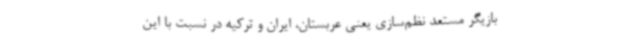
بازیگر مستعد نظم‌سازی یعنی عربستان، ایران و ترکیه در نسبت با این